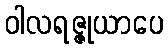
ဝါလရဇ္ဇုယာပေ